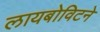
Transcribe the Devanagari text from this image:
लायबोविटने